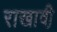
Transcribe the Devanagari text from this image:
राखावी़